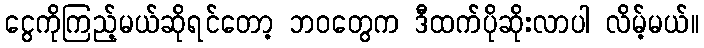
ငွေကိုကြည့်မယ်ဆိုရင်တော့ ဘဝတွေက ဒီထက်ပိုဆိုးလာပါ လိမ့်မယ်။